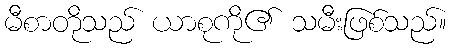
မီစာတိုသည် ယာစုကို၏ သမီးဖြစ်သည်။